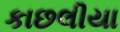
કાછલીયા